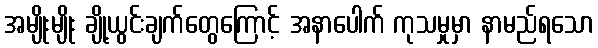
အမျိုးမျိုး ချို့ယွင်းချက်တွေကြောင့် အနာပေါက် ကုသမှုမှာ နာမည်ရသော